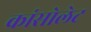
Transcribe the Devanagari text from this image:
कांसोलेट